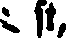
st,